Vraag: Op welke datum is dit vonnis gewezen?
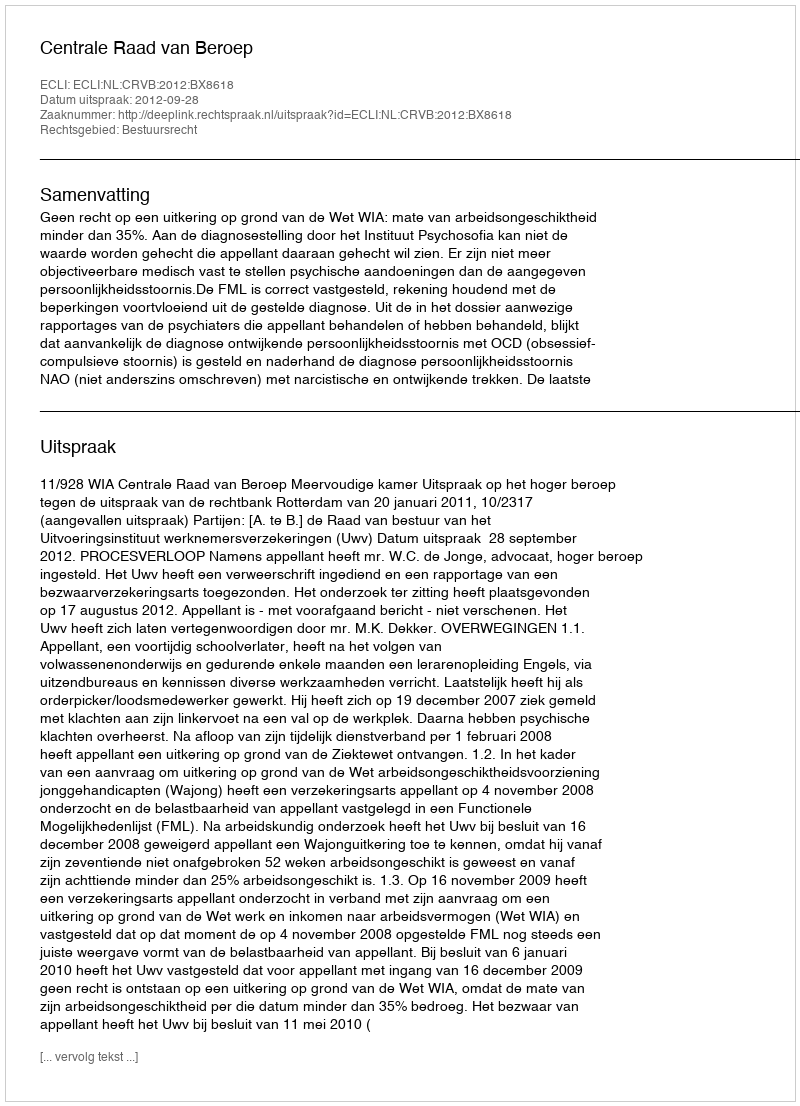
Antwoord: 2012-09-28